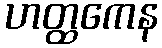
ဟတ္ထကေန